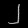
Digit: ၂